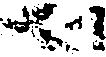
別